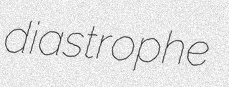
diastrophe